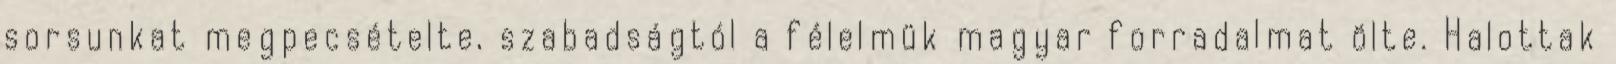
sorsunkat megpecsételte, szabadságtól a félelmük magyar forradalmat ölte. Halottak